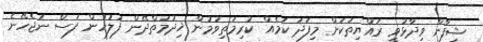
ޝިފާން ވިދާޅުވީ ރައްޔިތަކަށް މިފަދަ ކަމެއް ކުރިމަތިވުމުން ޚިދުމަތްދޭން ފުލުހުން ފަސް ނުޖެހޭނެ